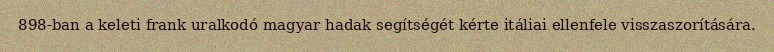
898-ban a keleti frank uralkodó magyar hadak segítségét kérte itáliai ellenfele visszaszorítására.